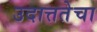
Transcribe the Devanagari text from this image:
उदात्ततेचा